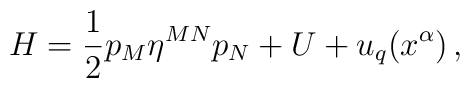
H=\frac{1}{2}p_{M}\eta^{MN}p_{N}+U+u_{q}(x^{\alpha})\,,